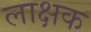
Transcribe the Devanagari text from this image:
लाक्षक